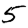
Digit: 5